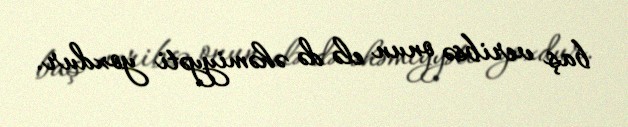
baş veribsə onun elə də əhəmiyyəti yoxdur.